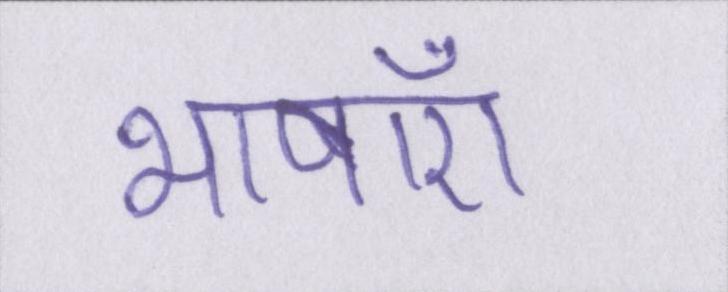
भाषाएँ